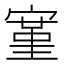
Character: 𫳱